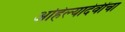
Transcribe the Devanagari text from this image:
अहिल्यादेवींचा